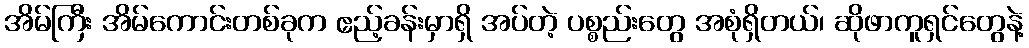
အိမ်ကြီး အိမ်ကောင်းတစ်ခုက ဧည့်ခန်းမှာရှိ အပ်တဲ့ ပစ္စည်းတွေ အစုံရှိတယ်၊ ဆိုဖာကူရှင်တွေနဲ့